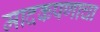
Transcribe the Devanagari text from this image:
मादकपणाचा